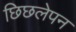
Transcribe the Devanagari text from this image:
छिछलेपन